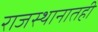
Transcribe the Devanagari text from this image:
राजस्थानातही